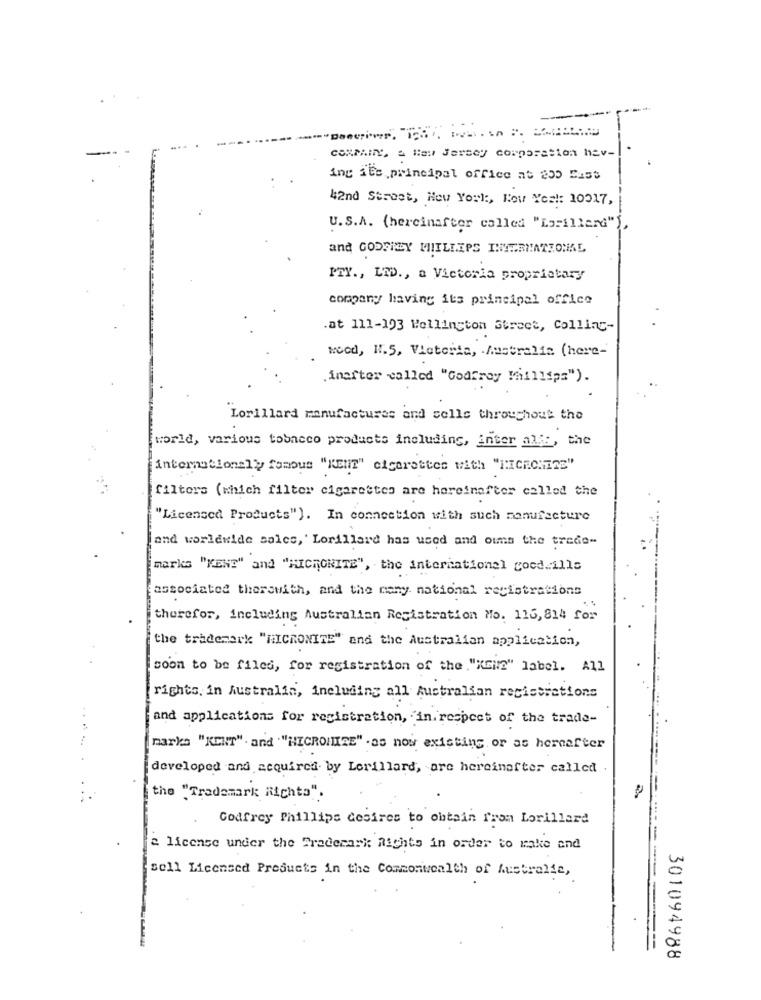
CONMAINY', a New Jersey corporation hav-
ing its principal office at 230 East
42nd Street, How York, Kou Yes !: 10017,
U.S.A. (hereinafter called "Lorillard"},
and GODFIZY MIILLEPS INTERNATIONAL
PTY ., LTD ., a Victoria proprietary
company having its principal office
.at 111-193 Wellington Street, Collinc-
wood, W.5, Victoria, Australia (here-
.inafter called "Godfrey Millsp=").
Lorillard manufactures and sells throughout the
world, various tobacco products including, inter allt, the
internationaly famous "Kelim" cigarettes with "KICKONIZE"
filters (which filter cigarettes are hereinafter called the
"Licensed Products"). In connection with such manufacture
[and worldwide sales, ' Lorillard has used and oums the trede-
marks "KENE" and "MICHONITE", the international goodmills
associated therswith, and the many. national registrations
therefor, including Australian Registration No. 115,814 for
the trademark "HICRONITE" and the Australian application,
soon to be filed, for registration of the ."KEN2" label. All
rights, in Australia, including all Australian recissiations
and applications for registration, in respect of the trade-
marks "KENT". and ""HICROINIZE" - as now existing or as hereafter
developed and acquired by Lorillard, are hereinefter called
the "Trademark Richta".
Godfrey Phillips Cesires to obtain from Lorillard
fa license under the Trademark Rights in order to make and
sell Licensed Products in the Commonwealth of Australia,
301094988